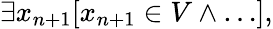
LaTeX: \exists x_{n+1}[x_{n+1}\in V\land\dots],